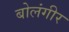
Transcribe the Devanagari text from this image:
बोलंगीर